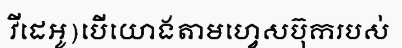
វីដេអូ)បើយោងតាមហ្វេសប៊ុករបស់